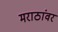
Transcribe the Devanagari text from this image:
मराठांवर